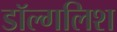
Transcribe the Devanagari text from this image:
डॉल्गलिश